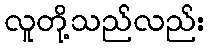
လူတို့သည်လည်း